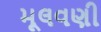
મૂલવણી